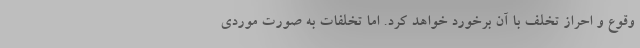
وقوع و احراز تخلف با آن برخورد خواهد کرد. اما تخلفات به صورت موردی